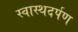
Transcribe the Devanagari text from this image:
स्वास्थदर्पण